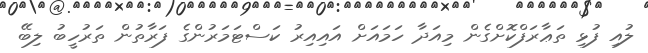
ލުއި ފުޅި ތަޢާރަފްކޮށްގެން މިއަދާ ހަމައަށް އައިއިރު ކަސްޓަމަރުންގެ ފަރާތުން ތަރުހީބު ލިބޭ